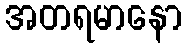
အတရမာနော